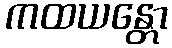
ကထယန္တော